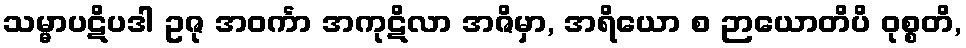
သမ္မာပဋိပဒါ ဥဇု အဝင်္ကာ အကုဋိလာ အဇိမှာ, အရိယော စ ဉာယောတိပိ ဝုစ္စတိ,